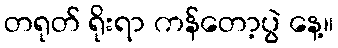
တရုတ် ရိုးရာ ကန်တော့ပွဲ နေ့။